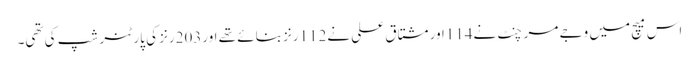
اس میچ میں وجے مرچنٹ نے114اور مشتاق علی نے112رنز بنائے تھے اور203رنز کی پارٹنر شپ کی تھی۔